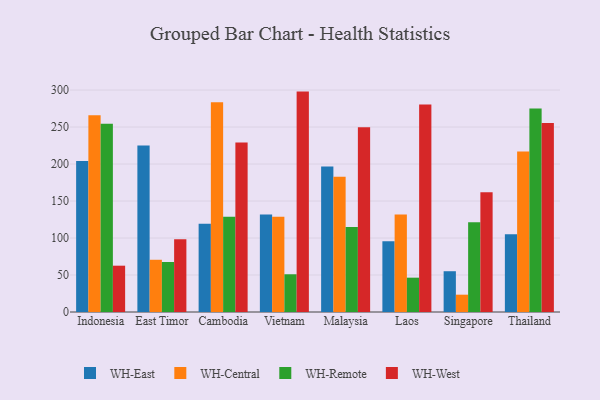
{"axis": {"x": "Country", "y": "LTV (USD)"}, "legend": ["WH-Central", "WH-East", "WH-Remote", "WH-West"], "data": [{"x": "Indonesia", "y": 204.1, "type": "WH-East"}, {"x": "Indonesia", "y": 266.0, "type": "WH-Central"}, {"x": "Indonesia", "y": 254.6, "type": "WH-Remote"}, {"x": "Indonesia", "y": 62.6, "type": "WH-West"}, {"x": "East Timor", "y": 225.0, "type": "WH-East"}, {"x": "East Timor", "y": 70.6, "type": "WH-Central"}, {"x": "East Timor", "y": 67.6, "type": "WH-Remote"}, {"x": "East Timor", "y": 98.2, "type": "WH-West"}, {"x": "Cambodia", "y": 119.4, "type": "WH-East"}, {"x": "Cambodia", "y": 283.6, "type": "WH-Central"}, {"x": "Cambodia", "y": 128.8, "type": "WH-Remote"}, {"x": "Cambodia", "y": 229.0, "type": "WH-West"}, {"x": "Vietnam", "y": 131.8, "type": "WH-East"}, {"x": "Vietnam", "y": 128.8, "type": "WH-Central"}, {"x": "Vietnam", "y": 51.0, "type": "WH-Remote"}, {"x": "Vietnam", "y": 297.9, "type": "WH-West"}, {"x": "Malaysia", "y": 196.6, "type": "WH-East"}, {"x": "Malaysia", "y": 182.7, "type": "WH-Central"}, {"x": "Malaysia", "y": 114.8, "type": "WH-Remote"}, {"x": "Malaysia", "y": 249.7, "type": "WH-West"}, {"x": "Laos", "y": 95.6, "type": "WH-East"}, {"x": "Laos", "y": 131.8, "type": "WH-Central"}, {"x": "Laos", "y": 46.4, "type": "WH-Remote"}, {"x": "Laos", "y": 280.5, "type": "WH-West"}, {"x": "Singapore", "y": 55.1, "type": "WH-East"}, {"x": "Singapore", "y": 23.4, "type": "WH-Central"}, {"x": "Singapore", "y": 121.2, "type": "WH-Remote"}, {"x": "Singapore", "y": 161.9, "type": "WH-West"}, {"x": "Thailand", "y": 105.1, "type": "WH-East"}, {"x": "Thailand", "y": 216.9, "type": "WH-Central"}, {"x": "Thailand", "y": 275.0, "type": "WH-Remote"}, {"x": "Thailand", "y": 255.4, "type": "WH-West"}]}